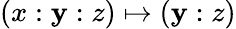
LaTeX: (x:\mathbf{y}:z)\mapsto(\mathbf{y}:z)